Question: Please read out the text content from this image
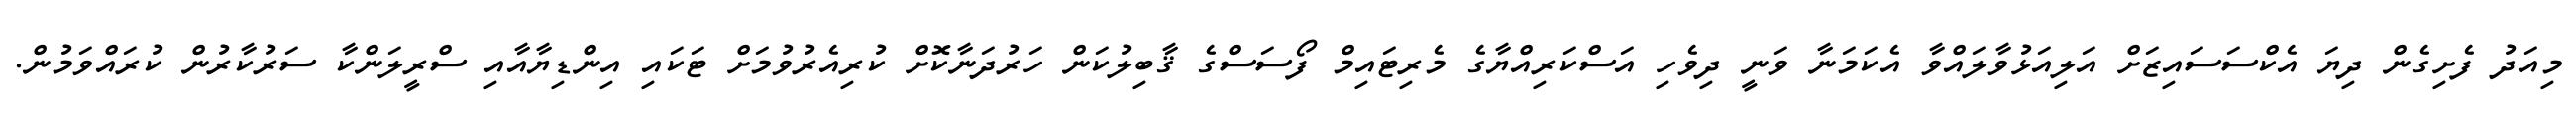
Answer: މިއަދު ފެށިގެން ދިޔަ އެކްސަސައިޒަށް އަލިއަޅުވާލައްވާ އެކަމަނާ ވަނީ ދިވެހި އަސްކަރިއްޔާގެ މެރިޓައިމް ފޯސަސްގެ ޤާބިލުކަން ހަރުދަނާކޮށް ކުރިއެރުވުމަށް ޓަކައި އިންޑިޔާއާއި ސްރީލަންކާ ސަރުކާރުން ކުރައްވަމުން.